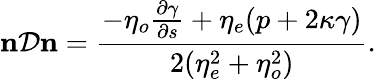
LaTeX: {\mathbf{n}}\mathcal{D}{\mathbf{n}}=\frac{-\eta_{o}\frac{\partial\gamma}{\partial s}+\eta_{e}(p+2\kappa\gamma)}{2(\eta_{e}^{2}+\eta_{o}^{2})}.